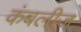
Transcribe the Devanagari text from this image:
कंबलीज